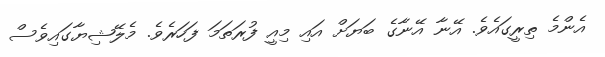
އެންމެ ތިރީގައެވެ. އޭނާ އޭނާގެ ބަޔަށް އައި މިއީ ފުރަތަމަ ފަހަރެވެ. މެލޭޝިޔާގައިވެސް